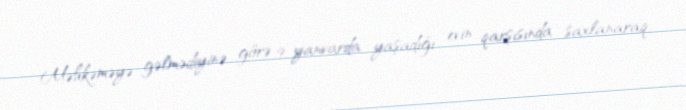
Məhkəməyə gəlmədiyinə görə 9 yanvarda yaşadığı evin qarşısında saxlanaraq,